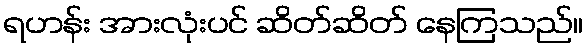
ရဟန်း အားလုံးပင် ဆိတ်ဆိတ် နေကြသည်။